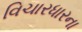
વિચારધારના